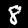
Digit: 8